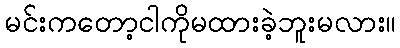
မင်းကတော့ငါကိုမထားခဲ့ဘူးမလား။